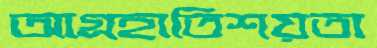
আগ্রহাতিশয়তা